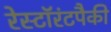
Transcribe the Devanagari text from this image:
रेस्टॉरंटपैकी